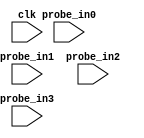
module vio_0 (
clk,
probe_in0,probe_in1,probe_in2,probe_in3

);

input clk;
input [0 : 0] probe_in0;
input [0 : 0] probe_in1;
input [0 : 0] probe_in2;
input [0 : 0] probe_in3;



endmodule